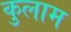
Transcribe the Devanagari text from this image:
कुलाम